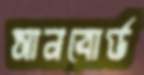
সানবোর্ড